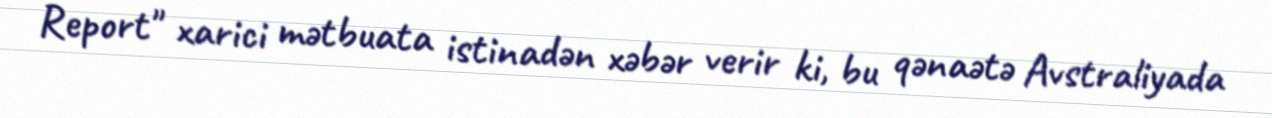
Report" xarici mətbuata istinadən xəbər verir ki, bu qənaətə Avstraliyada